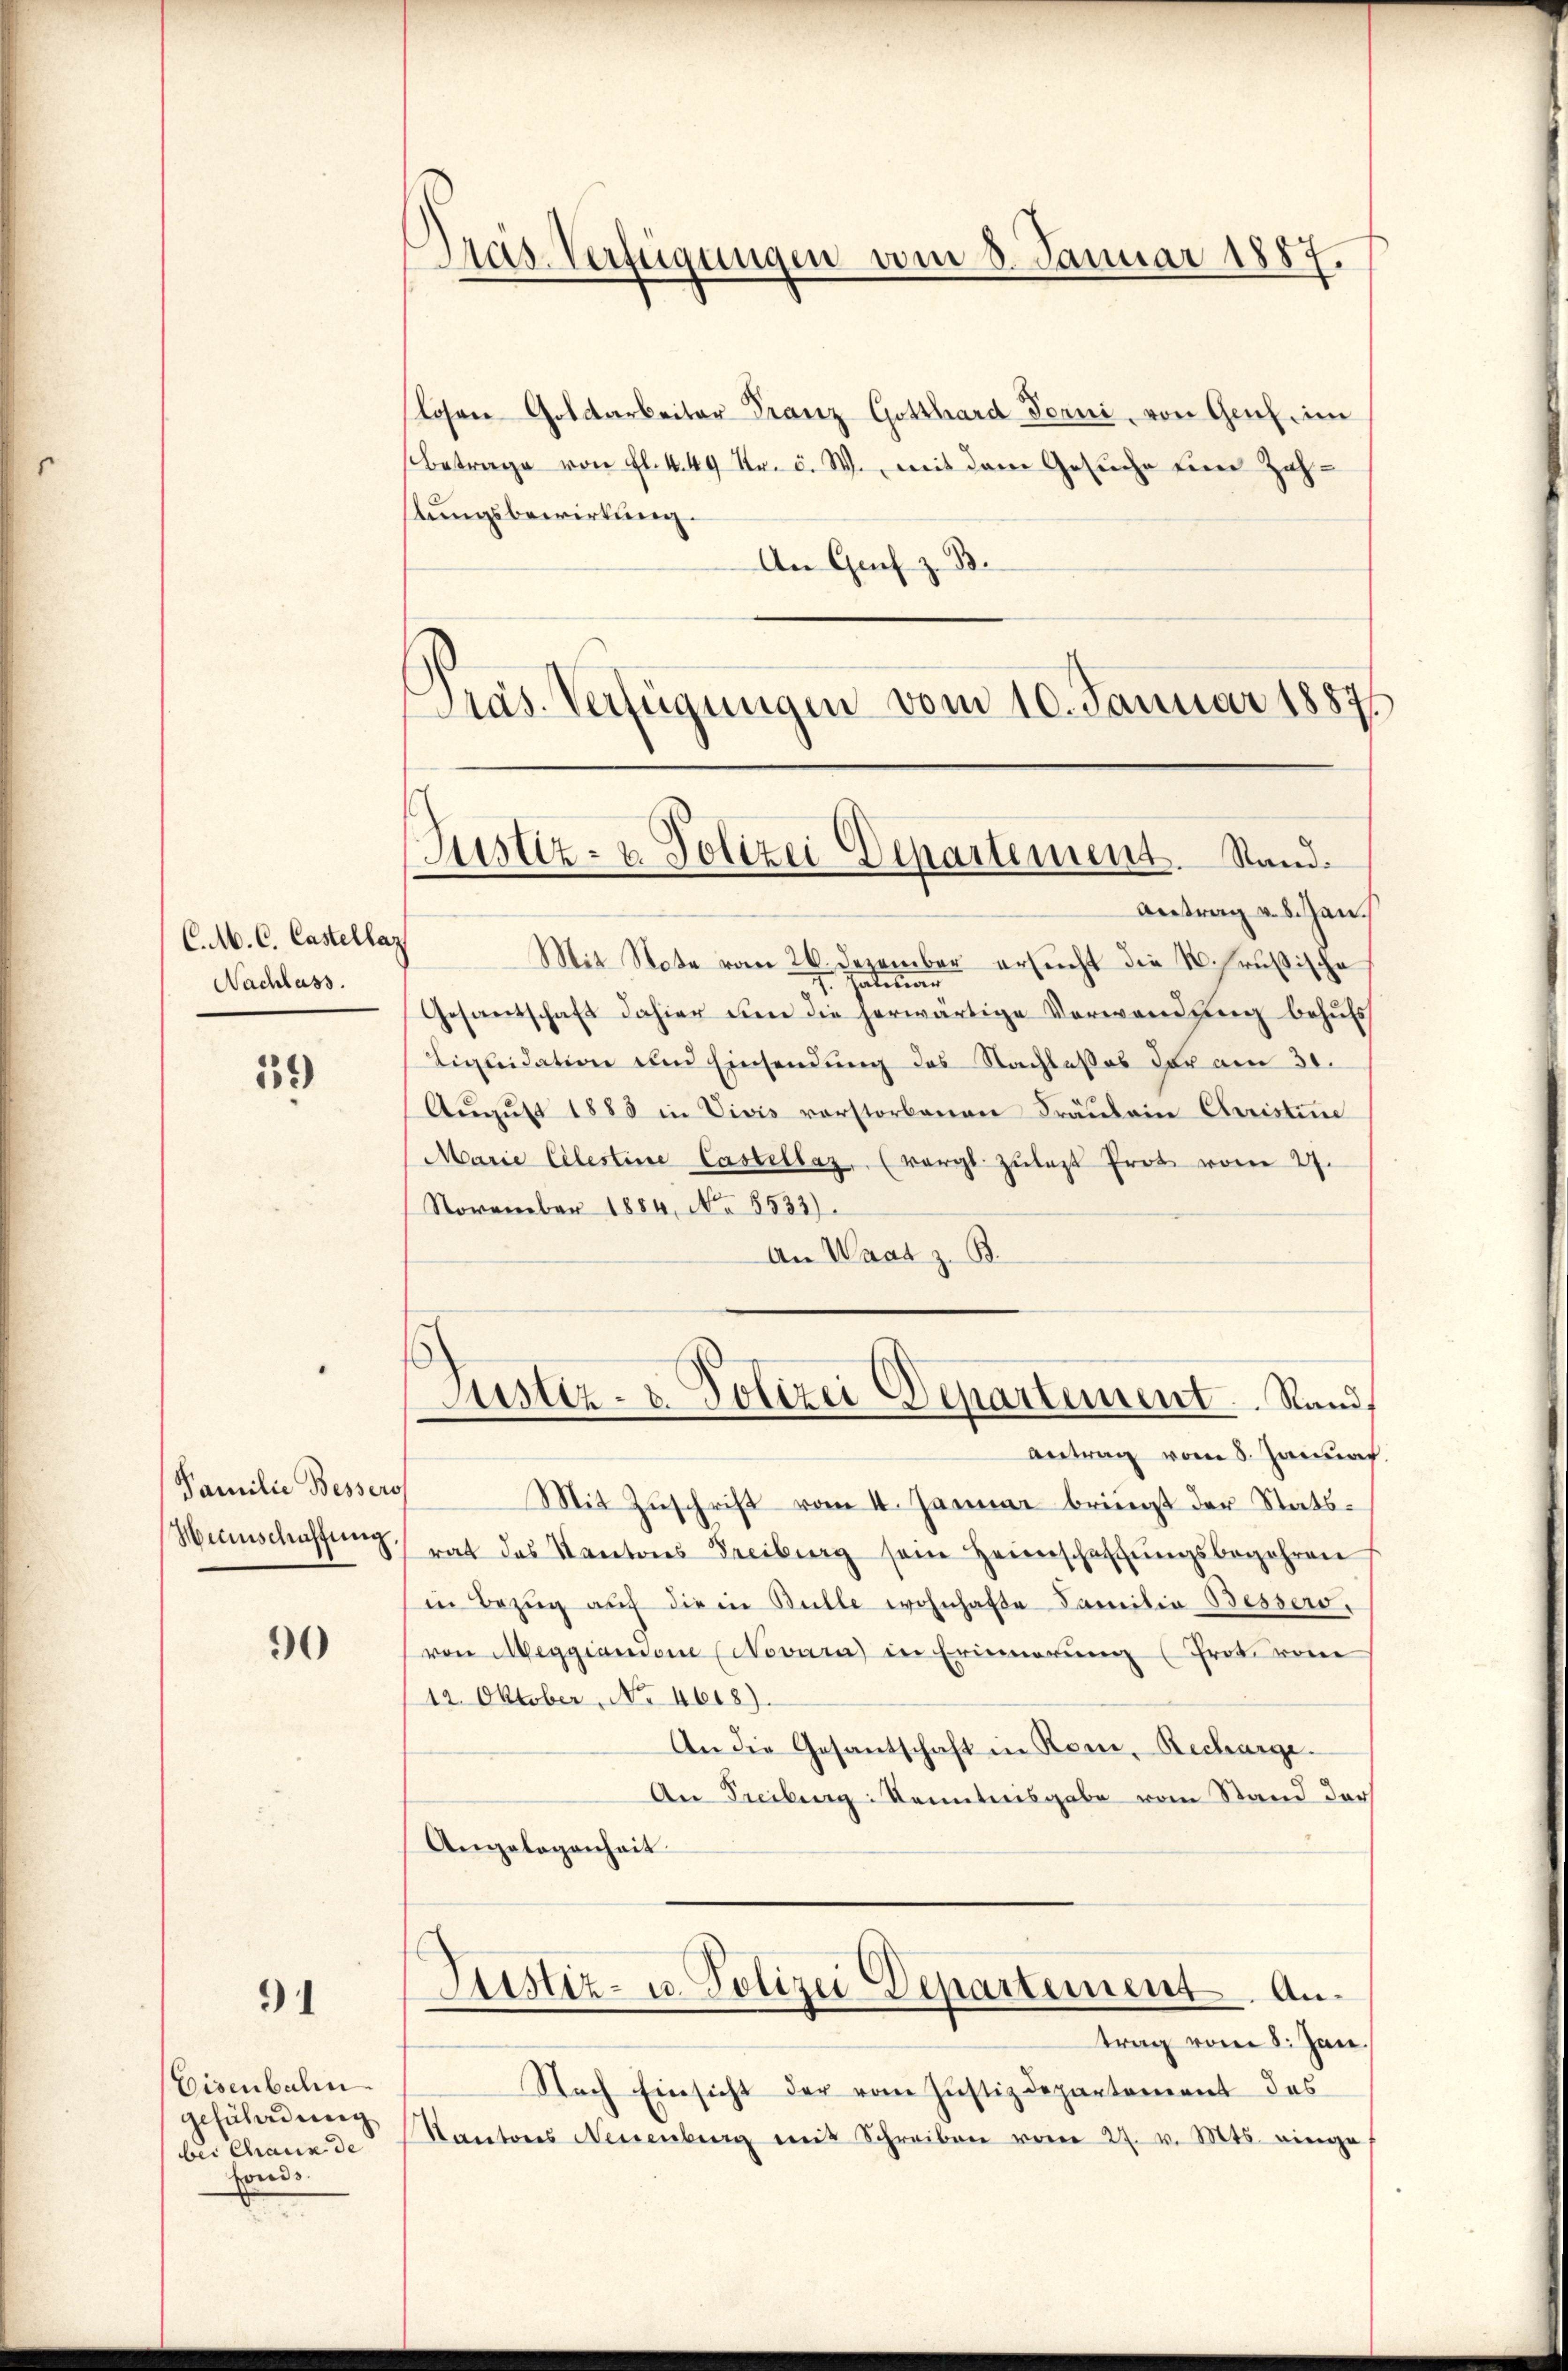
C.M. C. Castellaz
Nachlass.

59)

Familie Bessers
Heinschaffung

91

Eisenbahn
geführung
bei Chaux de
fonds.

90

Pas-Verfügungen am 8. Januar 1887

Präs. Verfügungen vom 10. Januar 1887
Justiz- u. Polizei Departement. Stand.
Antrag v. 8. Jan.

losen Goldarbeiter Franz Gotthard Torni, von Genf. im
Betrage von fl. k. 49 Kr. c. W., mit dem Gesuche Eier Zahstungsbewirkung.
An Gach z. B.
Mit Note vom 26. Dezember ersucht die K. Prussische
atition
.
Gesantschaft dahier um die herwärtige Verwendung behufs
Liquidation und Einsendung des Nachtesses der am 30.
Aŭgŭst 1883 in Vivis vorstorbenen Fräŭlein Christine
Marie Celestine Castellaz, (vergl. zulast Prot vom 27.
November 1884, No 8533).
An Waat z. B.
Justiz- & Polizei Departement. Stand
Antrag vom 8. Januar
Mit Zuschrift vom 4. Januar bringt der Statsrat des Kantons Freiburg sein Heimschaffŭngsbegehren
in Bezŭg aŭf die in Bulle wohnhafte Familia Bessero,
von Meggianione (Novara) in Erinnerŭng (Frot vom
12. Oktober, No 4618).
An die Gesantschaft in Rom, Recharge.
An Freiburg Kenntnisgabe vom Stand der
Angelegenheit
Justiz- u. Polizei Departement. Antrag vom 8. Jan.
Nach Einsicht der vom Justizdepartement des
Kantons Neuenburg mit Schreiben vom 27. v. Mts. einge